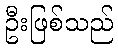
ဦးဖြစ်သည်